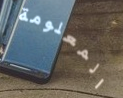
المعلومة